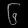
Digit: ၆